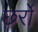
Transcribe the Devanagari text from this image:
छर्रो